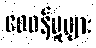
ဝေဖန်မှုများ